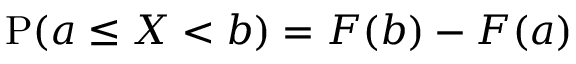
\operatorname { P } ( a \leq X < b ) = F ( b ) - F ( a )